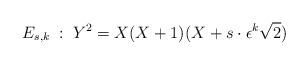
LaTeX: \begin{align*}E_{s,k} \; : \; Y^2=X(X+1)(X+ s\cdot \epsilon^{k} \sqrt{2})\end{align*}